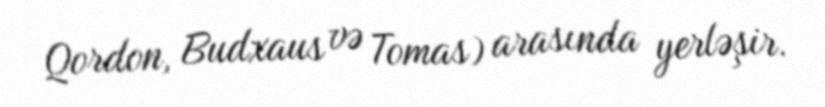
Qordon, Budxaus və Tomas) arasında yerləşir.